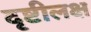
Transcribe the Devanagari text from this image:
दृष्टीलक्ष